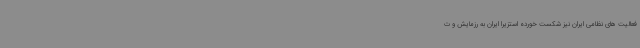
فعالیت های نظامی ایران نیز شکست خورده استزیرا ایران به رزمایش و ت